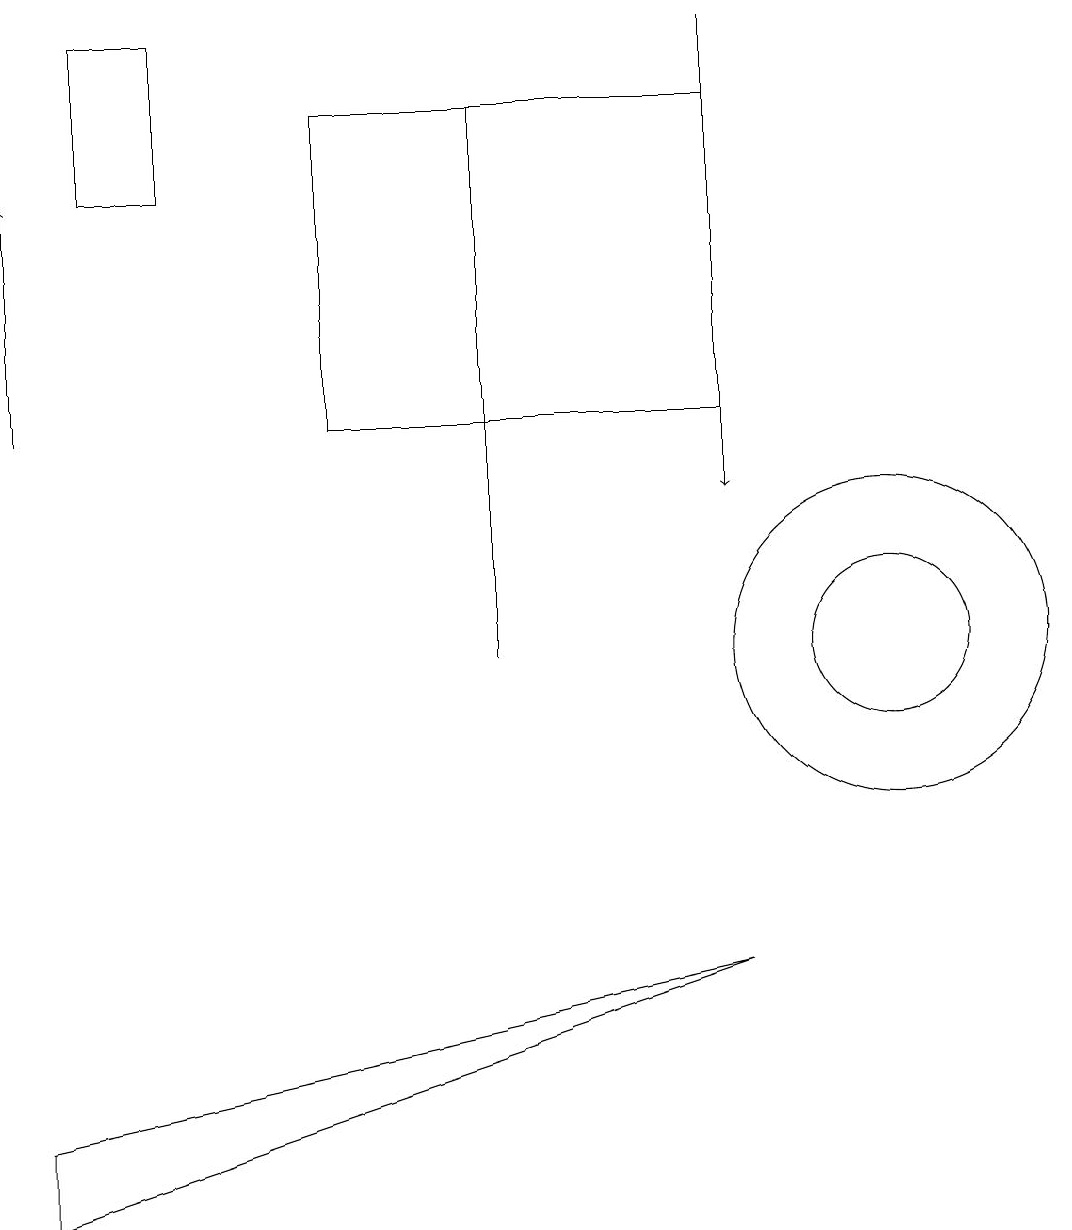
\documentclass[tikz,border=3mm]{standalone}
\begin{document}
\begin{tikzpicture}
\draw (6,18) rectangle (6,11);
\draw (11,11) circle (1);
\draw (11,11) circle (2);
\draw (1,17) rectangle (2,19);
\draw (9,7) -- (0,4) -- (0,5) -- cycle;
\draw[->] (9,19) -- (9,13);
\draw (4,14) rectangle (9,18);
\draw[->] (0,14) -- (0,17);
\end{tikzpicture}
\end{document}